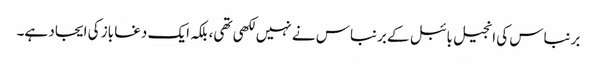
برنباس کی انجیل بائبل کے برنباس نے نہیں لکھی تھی، بلکہ ایک دغا باز کی ایجاد ہے۔